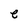
Character: e